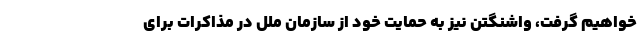
خواهیم گرفت، واشنگتن نیز به حمایت خود از سازمان ملل در مذاکرات برای